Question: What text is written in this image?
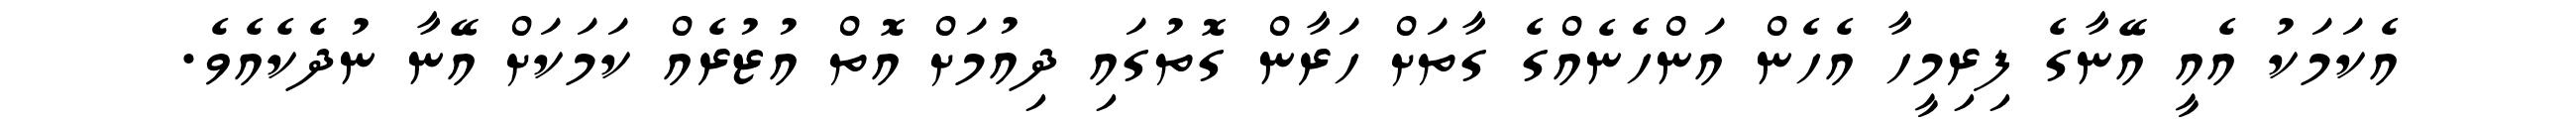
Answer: އެކަމަކު އެއީ އޭނާގެ ފިރިމީހާ އެހެން އަންހެނެއްގެ ގާތަށް ހަރާން ގޮތުގައި ދިއުމަށް އޮތް އުޒުރެއް ކަމަކަށް އޭނާ ނުދެކެއެވެ.